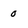
Character: 0